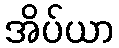
အိပ်ယာ